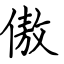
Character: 傲